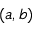
( a , b )